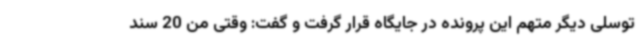
توسلی دیگر متهم این پرونده در جایگاه قرار گرفت و گفت: وقتی من 20 سند